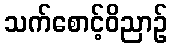
သက်စောင့်ဝိညာဉ်